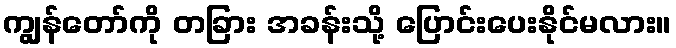
ကျွန်တော်ကို တခြား အခန်းသို့ ပြောင်းပေးနိုင်မလား။